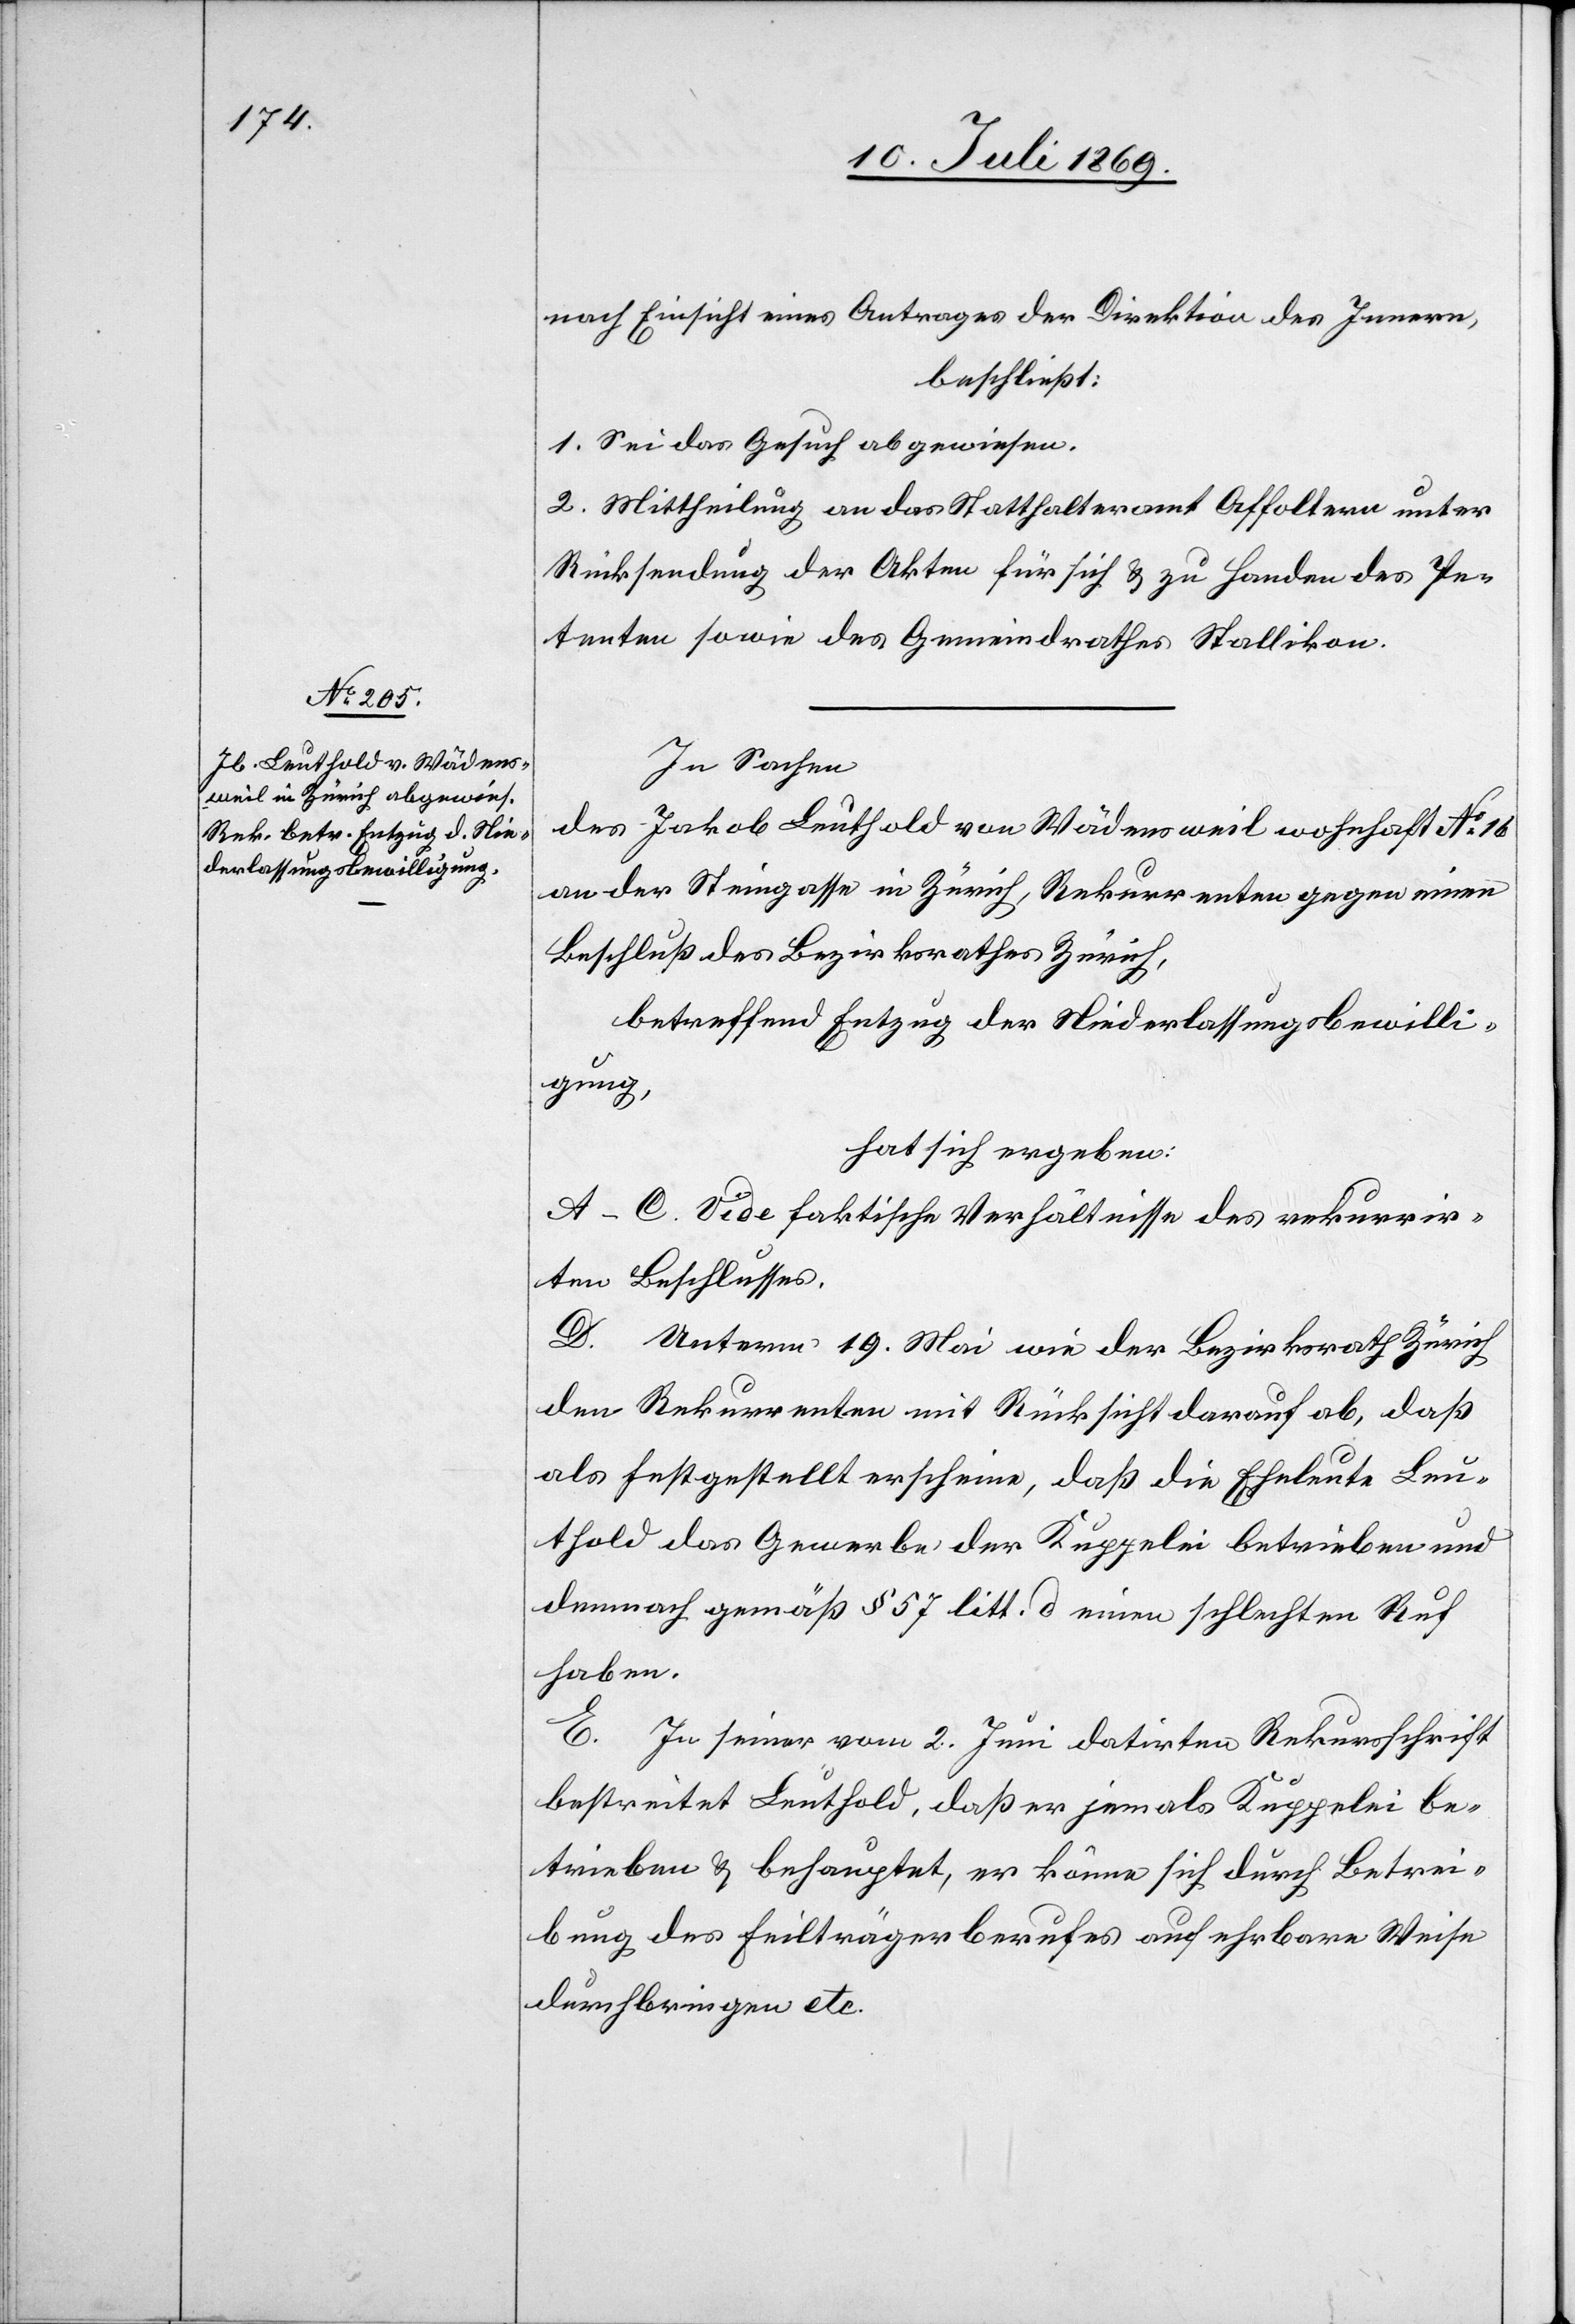
nach Einsicht eines Antrages der Direktion des Innern,
beschließt:
1. Sei das Gesuch abgewiesen.
2. Mittheilung an den Statthalteramt Affoltern unter
Rücksendung der Akten für sich u. zu Handen des Pe¬
tenten sowie des Gemeindrathes Stallikon.
In Sachen
des Jakob Leuthold von Wädensweil wohnhaft N° 16
an der Steingasse in Zürich, Rekurrenten gegen einen
Beschluß des Bezirksrathes Zürich,
betreffend Entzug der Niederlaßungsbewilli¬
gung,
hat sich ergeben:
A–C. Vide faktische Verhältnisse des rekurrir¬
ten Beschlusses.
D. Unterm 19 Mai wie[s] der Bezirksrath Zürich
den Rekurrenten mit Rücksicht darauf ab, daß
als festgestellt erscheine, daß die Eheleute Leu¬
thold das Gewerbe der Kuppelei betreiben und
demnach gemäß § 57 litt. d einen schlechten Ruf
haben.
E. In seiner vom 2 Juni datirten Rekursschrift
bestreitet Leuthold, daß er jemals Kuppelei be¬
trieben u. behauptet, er könne sich durch Betrei¬
bung des Feilträgerberufes auf ehrbare Weise
durchbringen etc.